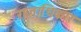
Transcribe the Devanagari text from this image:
राजाधिकार